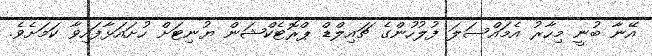
އޭނާ ބުނީ މިހާރު އެމައްސަލަ ފުލުހުންގެ ޗައިލްޑް ޕްރޮޓެކްޝަން ޔުނިޓަށް ހުށައަޅާފައިވާ ކަމަށެވެ.